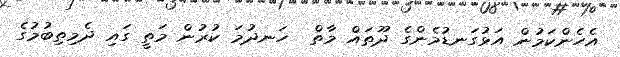
އެހެންކަމުން އަޅުގަނޑުމެންގެ ދޫތައް މާތް  ހަނދުމަ ކުރުން މަތީ ގައި ދެމިތިބުމުގެ